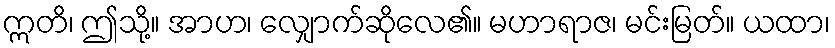
ဣတိ၊ ဤသို့။ အာဟ၊ လျှောက်ဆိုလေ၏။ မဟာရာဇ၊ မင်းမြတ်။ ယထာ၊